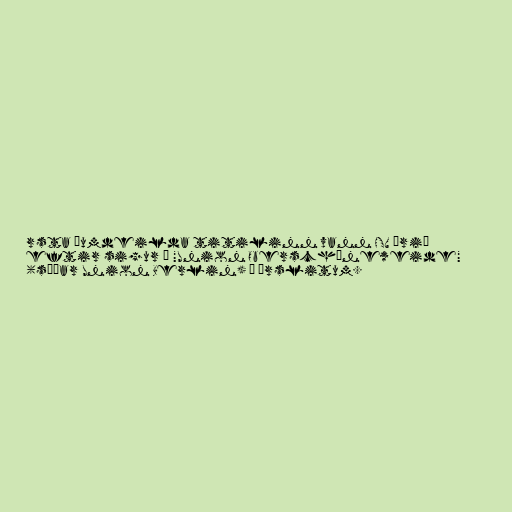
rsta óumdeilda titilinn vann HSV árið
eftir sigur á "Union Oberschöneweide"
(síðar Union Berlin) í úrslitum.